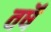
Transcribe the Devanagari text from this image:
वर्षॆं